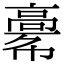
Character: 𩫎